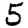
Digit: 5